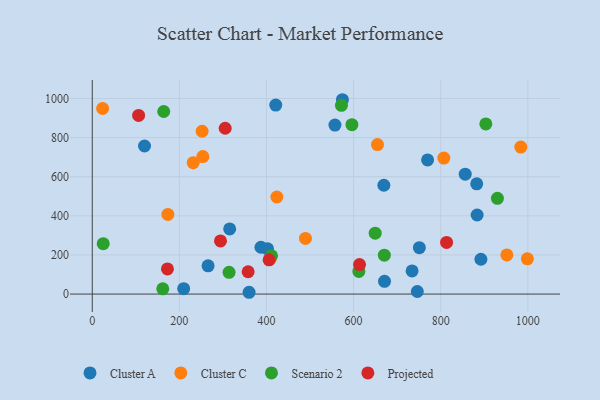
{"axis": {"x": "Distance", "y": "Rating"}, "legend": ["Cluster A", "Cluster C", "Projected", "Scenario 2"], "data": [{"x": "120.0", "y": 757.1, "type": "Cluster A"}, {"x": "387.3", "y": 239.5, "type": "Cluster A"}, {"x": "892.3", "y": 178.0, "type": "Cluster A"}, {"x": "421.3", "y": 966.1, "type": "Cluster A"}, {"x": "360.0", "y": 9.2, "type": "Cluster A"}, {"x": "746.3", "y": 13.2, "type": "Cluster A"}, {"x": "315.5", "y": 333.3, "type": "Cluster A"}, {"x": "751.0", "y": 237.3, "type": "Cluster A"}, {"x": "209.9", "y": 27.8, "type": "Cluster A"}, {"x": "669.5", "y": 556.3, "type": "Cluster A"}, {"x": "883.6", "y": 404.2, "type": "Cluster A"}, {"x": "882.7", "y": 563.9, "type": "Cluster A"}, {"x": "856.3", "y": 612.9, "type": "Cluster A"}, {"x": "671.0", "y": 65.4, "type": "Cluster A"}, {"x": "734.3", "y": 118.3, "type": "Cluster A"}, {"x": "402.5", "y": 231.3, "type": "Cluster A"}, {"x": "557.2", "y": 863.9, "type": "Cluster A"}, {"x": "769.9", "y": 686.1, "type": "Cluster A"}, {"x": "574.3", "y": 993.7, "type": "Cluster A"}, {"x": "265.9", "y": 144.5, "type": "Cluster A"}, {"x": "489.5", "y": 284.5, "type": "Cluster C"}, {"x": "252.2", "y": 832.4, "type": "Cluster C"}, {"x": "807.2", "y": 695.2, "type": "Cluster C"}, {"x": "409.0", "y": 181.1, "type": "Cluster C"}, {"x": "253.9", "y": 703.1, "type": "Cluster C"}, {"x": "173.6", "y": 407.3, "type": "Cluster C"}, {"x": "999.0", "y": 180.0, "type": "Cluster C"}, {"x": "654.8", "y": 764.3, "type": "Cluster C"}, {"x": "983.9", "y": 751.8, "type": "Cluster C"}, {"x": "951.9", "y": 200.2, "type": "Cluster C"}, {"x": "231.8", "y": 671.7, "type": "Cluster C"}, {"x": "23.8", "y": 948.9, "type": "Cluster C"}, {"x": "423.8", "y": 496.3, "type": "Cluster C"}, {"x": "164.1", "y": 933.6, "type": "Scenario 2"}, {"x": "25.2", "y": 257.6, "type": "Scenario 2"}, {"x": "596.2", "y": 865.9, "type": "Scenario 2"}, {"x": "670.6", "y": 198.8, "type": "Scenario 2"}, {"x": "649.6", "y": 311.3, "type": "Scenario 2"}, {"x": "161.9", "y": 26.7, "type": "Scenario 2"}, {"x": "903.6", "y": 870.0, "type": "Scenario 2"}, {"x": "411.6", "y": 195.9, "type": "Scenario 2"}, {"x": "314.1", "y": 111.4, "type": "Scenario 2"}, {"x": "612.1", "y": 115.6, "type": "Scenario 2"}, {"x": "572.1", "y": 965.1, "type": "Scenario 2"}, {"x": "930.2", "y": 489.8, "type": "Scenario 2"}, {"x": "406.0", "y": 175.0, "type": "Projected"}, {"x": "305.2", "y": 847.8, "type": "Projected"}, {"x": "357.9", "y": 114.2, "type": "Projected"}, {"x": "813.5", "y": 264.1, "type": "Projected"}, {"x": "613.6", "y": 151.0, "type": "Projected"}, {"x": "294.4", "y": 271.7, "type": "Projected"}, {"x": "106.4", "y": 913.6, "type": "Projected"}, {"x": "172.6", "y": 128.7, "type": "Projected"}]}